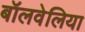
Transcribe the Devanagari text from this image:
बॉलवेलिया